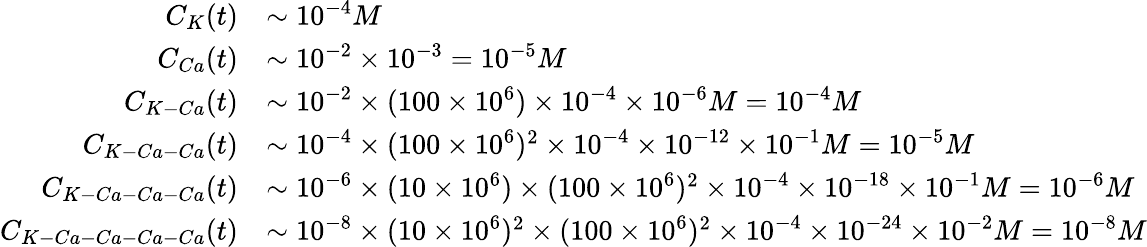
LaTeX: \begin{array}{rl}{C_{K}(t)}&{\sim 10^{-4}M}\\ {C_{Ca}(t)}&{\sim 10^{-2}\times 10^{-3}=10^{-5}M}\\ {C_{K-Ca}(t)}&{\sim 10^{-2}\times(100\times 10^{6})\times 10^{-4}\times 10^{-6}M=10^{-4}M}\\ {C_{K-Ca-Ca}(t)}&{\sim 10^{-4}\times(100\times 10^{6})^{2}\times 10^{-4}\times 10^{-12}\times 10^{-1}M=10^{-5}M}\\ {C_{K-Ca-Ca-Ca}(t)}&{\sim 10^{-6}\times(10\times 10^{6})\times(100\times 10^{6})^{2}\times 10^{-4}\times 10^{-18}\times 10^{-1}M=10^{-6}M}\\ {C_{K-Ca-Ca-Ca-Ca}(t)}&{\sim 10^{-8}\times(10\times 10^{6})^{2}\times(100\times 10^{6})^{2}\times 10^{-4}\times 10^{-24}\times 10^{-2}M=10^{-8}M}\end{array}